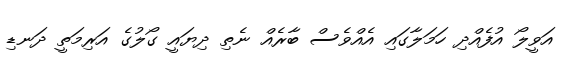
އަވީލޯ އުފެއްދި ހަމަލާގައި އެއްވެސް ބާރެއް ނެތި ދިޔައީ ގޯލުގެ އަރިމަތީ ދަނޑި